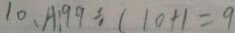
1 0 . A : 9 9 \div ( 1 0 + 1 = 9